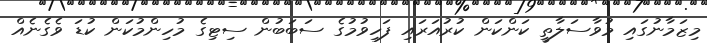
މިޒަމާނުގައި މުވާސަލާތީ ކަންކަން ކުރުއަރައި ފަހިވުމުގެ ސަބަބުން ސިޓިގެ މުހިންމުކަން ކުޑަ ވެގެނެއް